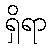
ရှိရာ